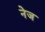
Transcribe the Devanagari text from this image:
नेज